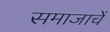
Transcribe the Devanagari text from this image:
समाजाचें